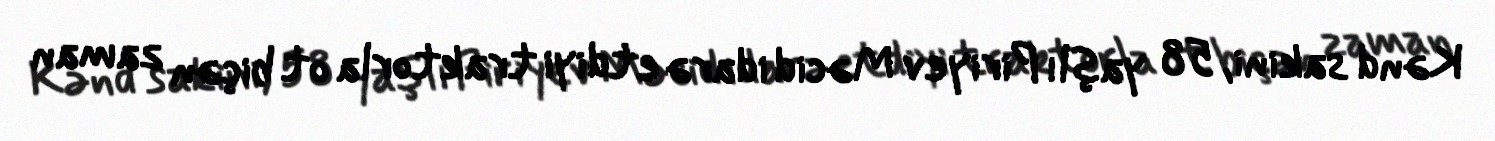
Kənd sakini, 58 yaşlı Piriyev Məcid idarə etdiyi traktorla ot biçən zaman